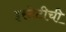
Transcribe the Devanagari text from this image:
इस्टेटीची